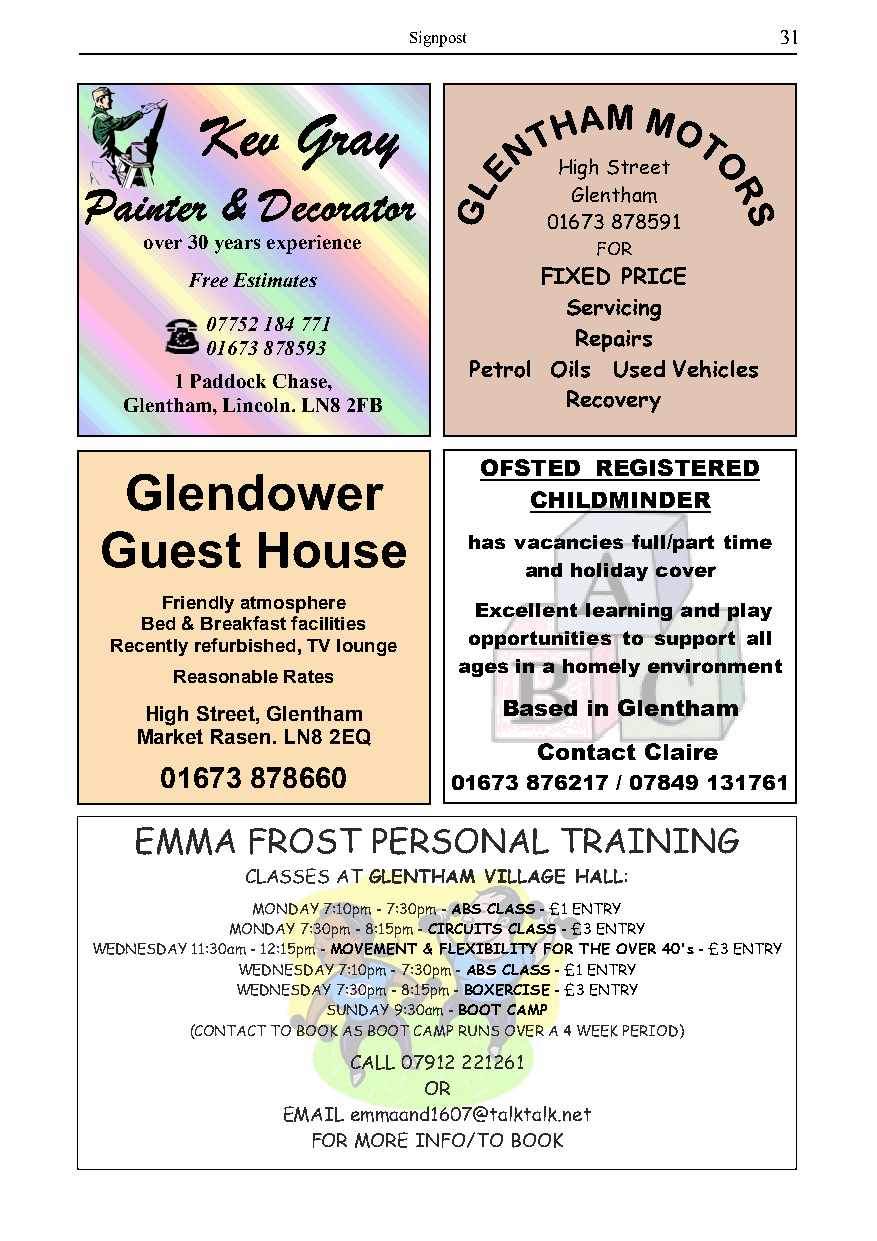
Signpost                 31
 High Street
 Glentham
 01673 878591
 over 30 years experience
 FOR
 Free Estimates          FIXED PRICE
 Servicing
 07752 184 771
 Repairs
 01673 878593
 Petrol Oils Used Vehicles
 1 Paddock Chase,
 Glentham, Lincoln. LN8 2FB   Recovery
 OFSTED REGISTERED
 Glendower
 CHILDMINDER
 Guest     House         has vacancies full/part time
 and holiday cover
 Friendly atmosphere
 Excellent learning and play
 Bed & Breakfast facilities
 opportunities to support all
 Recently refurbished, TV lounge
 ages in a homely environment
 Reasonable Rates
 Based in Glentham
 High Street, Glentham
 Market Rasen. LN8 2EQ
 Contact Claire
 01673 878660
 01673 876217 / 07849 131761
 EMMA   FROST    PERSONAL    TRAINING
 CLASSES ATGLENTHAM VILLAGE HALL:
 MONDAY 7:10pm - 7:30pm -ABS CLASS - £1 ENTRY
 MONDAY 7:30pm - 8:15pm -CIRCUITS CLASS - £3 ENTRY
 WEDNESDAY 11:30am - 12:15pm -MOVEMENT & FLEXIBILITY FOR THE OVER 40's - £3 ENTRY
 WEDNESDAY 7:10pm - 7:30pm -ABS CLASS - £1 ENTRY
 WEDNESDAY 7:30pm - 8:15pm -BOXERCISE - £3 ENTRY
 SUNDAY 9:30am -BOOT CAMP
 (CONTACT TO BOOK AS BOOT CAMP RUNS OVER A 4 WEEK PERIOD)
 CALL 07912 221261
 OR
 EMAIL emmaand1607@talktalk.net
 FOR MORE INFO/TO BOOK